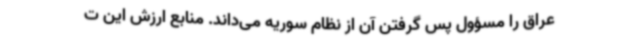
عراق را مسؤول پس گرفتن آن از نظام سوریه می‌داند. منابع ارزش این ت